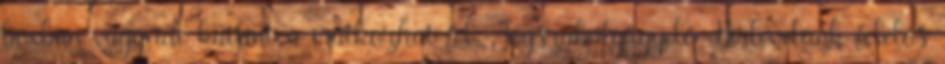
boxban vagy ide kattintva iratkozhat fel. Jogszabályfigyelő Hírlevelünk felelős